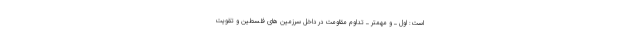
است: اوّل ـ و مهمتر ـ تداوم مقاومت در داخل سرزمین های فلسطین و تقویت